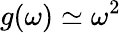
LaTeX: g(\omega)\simeq\omega^{2}